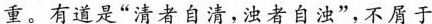
重。有道是”清者自清，浊者自浊”，不屑于